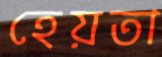
হেয়তা